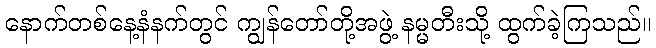
နောက်တစ်နေ့နံနက်တွင် ကျွန်တော်တို့အဖွဲ့ နမ္မတီးသို့ ထွက်ခဲ့ကြသည်။